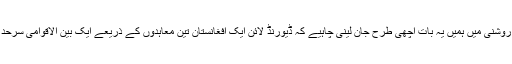
ان حقائق کی روشنی میں ہمیں یہ بات اچھی طرح جان لینی چاہیے کہ ڈیورنڈ لائن ایک افغانستان تین معاہدوں کے ذریعے ایک بین الاقوامی سرحد مان چکا تھا۔